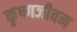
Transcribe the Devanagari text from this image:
कृष्णजीवन